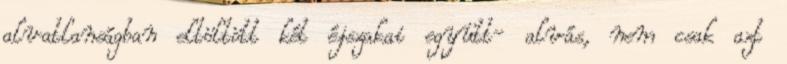
alvatlanságban eltöltött két éjszakai együtt- alvás, nem csak azt